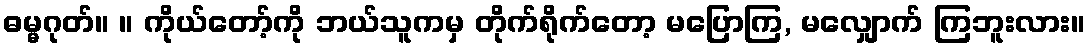
ဓမ္မဂုတ်။ ။ ကိုယ်တော့်ကို ဘယ်သူကမှ တိုက်ရိုက်တော့ မပြောကြ, မလျှောက် ကြဘူးလား။